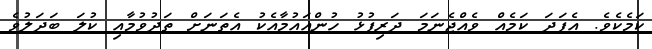
ކަމެކެވެ. އެފަދަ ކަމެއް ވެއްޖެނަމަ ދަރިފުޅު ހުންއައުމާއެކު އެތަނަށް ތަދުވުމާއި ކުލަ ބަދަލުވެ